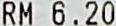
RM 6.20